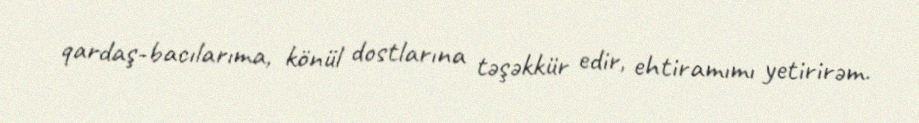
qardaş-bacılarıma, könül dostlarına təşəkkür edir, ehtiramımı yetirirəm.